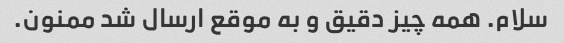
سلام. همه چیز دقیق و به موقع ارسال شد ممنون.